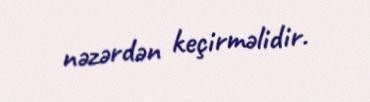
nəzərdən keçirməlidir.